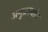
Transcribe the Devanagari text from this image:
अनुप्रस्थांत